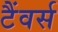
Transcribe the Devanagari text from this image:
टैंवर्स